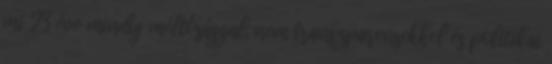
mi 23 éve mindig méltósággal, nem transzparensekkel és politikai